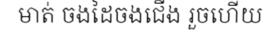
មាត់ ចងដៃចងជើង រួចហើយ